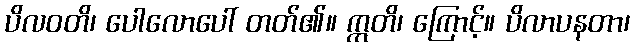
ပိလဝတိ၊ ပေါလောပေါ် တတ်၏။ ဣတိ၊ ကြောင့်။ ပိလာပနတာ၊